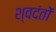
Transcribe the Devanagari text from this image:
श्वदंतों